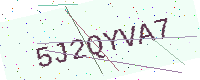
Text: 5J2QYVA7